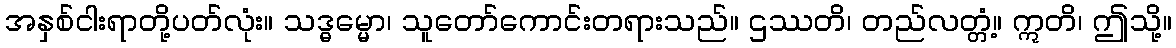
အနှစ်ငါးရာတို့ပတ်လုံး။ သဒ္ဓမ္မော၊ သူတော်ကောင်းတရားသည်။ ဌဿတိ၊ တည်လတ္တံ့။ ဣတိ၊ ဤသို့။